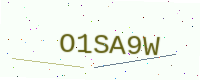
Text: O1SA9W